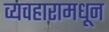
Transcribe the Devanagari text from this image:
व्यवहारामधून